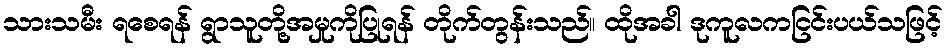
သားသမီး ရစေရန် ရွာသူတို့အမှုကိုပြုရန် တိုက်တွန်းသည်။ ထိုအခါ ဒုကူလကငြင်းပယ်သဖြင့်